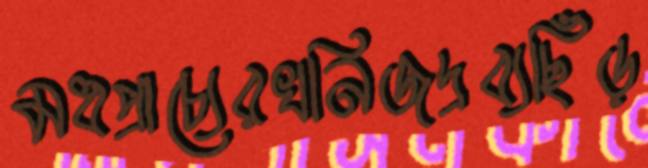
মধপ্রাচ্যেরখনিজদ্রব্যছিঁড়